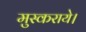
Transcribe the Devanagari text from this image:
मुस्कराये।